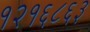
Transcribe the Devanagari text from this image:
१२१६८६३